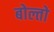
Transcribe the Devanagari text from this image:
बोल्तो